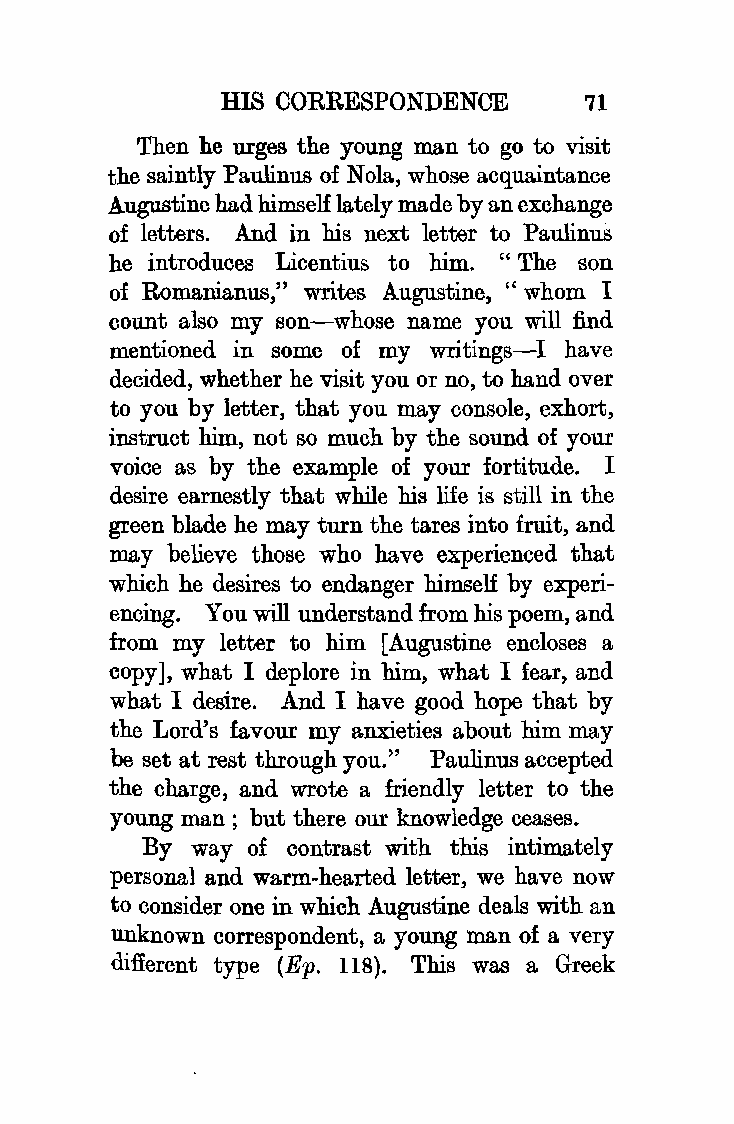
HIS CORRESPONDENCE       71
 Then he urges the young man to go to visit
 the saintly Paulinus of Nola, whose acquaintance
 Augustine had himself lately made by an exchange
 of letters. And in his next letter to Paulinus
 he introduces Licentius to him. " The son
 of Romani.anus," writes Augustine, " whom I
 count also my son-whose name you will find
 mentioned in some of my writings-I have
 decided, whether he visit you or no, to hand over
 to you by letter, that you may console, exhort,
 instruct him, not so much by the sound of your
 voice as by the example of your fortitude. I
 desire earnestly that while his life is still in the
 green blade he may turn the tares into fruit, and
 may believe those who have experienced that
 which he desires to endanger himself by experi
 encing. You will understand from his poem, and
 from my letter to him [A ugustine encloses a
 copy], what I deplore in him, what I fear, and
 what I desire. And I have good hope that by
 the Lord's favour my anxieties about him may
 be set at rest through you." Paulinus accepted
 the charge, and wrote a friendly letter to the
 young man ; but there our knowledge ceases.
 By way of contrast with this intimately
 personal and warm-hearted letter, we have now
 to consider one in which Augustine deals with an
 unknown correspondent, a young man of a very
 different type (Ep. llS). This was a Greek